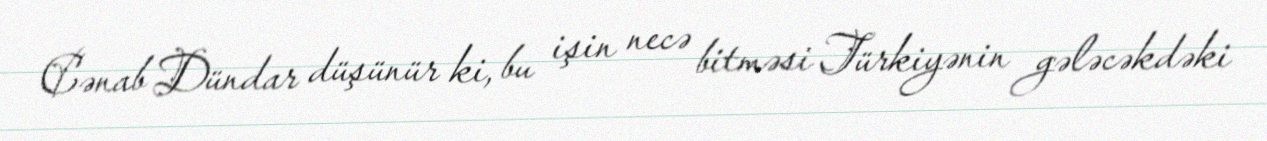
Cənab Dündar düşünür ki, bu işin necə bitməsi Türkiyənin gələcəkdəki